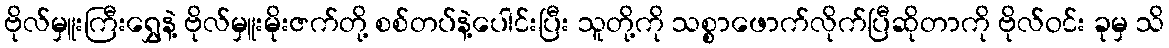
ဗိုလ်မှူးကြီးရွှေနဲ့ ဗိုလ်မှူးမိုးဇက်တို့ စစ်တပ်နဲ့ပေါင်းပြီး သူတို့ကို သစ္စာဖောက်လိုက်ပြီဆိုတာကို ဗိုလ်ဝင်း ခုမှ သိ